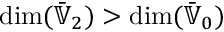
\dim ( \bar { \mathbb { V } } _ { 2 } ) > \dim ( \bar { \mathbb { V } } _ { 0 } )